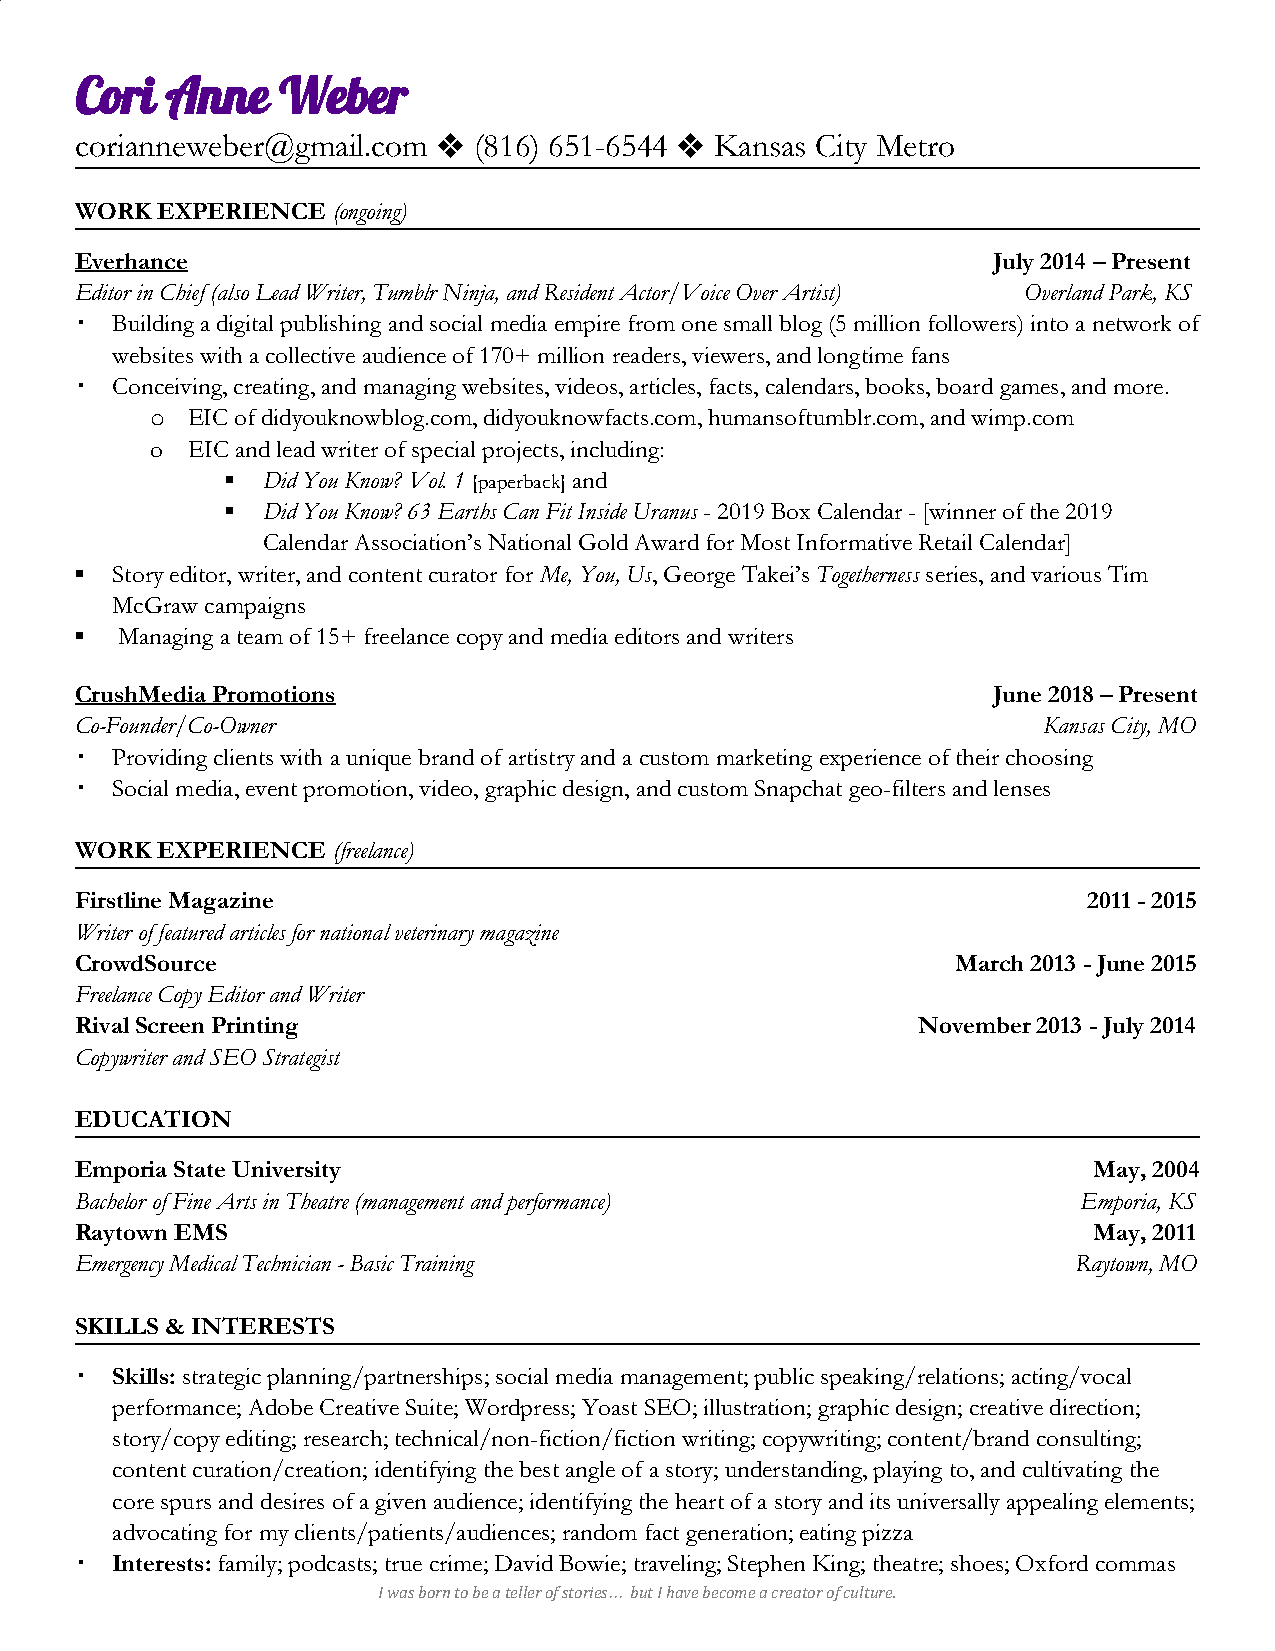
Cori  Anne   Weber
 corianneweber@gmail.com ❖ (816) 651-6544 ❖ Kansas City Metro
 ​ ​             ​ ​
 WORK EXPERIENCE  (ongoing)
 ​
 Everhance                                                    July 2014 – Present
 Editor in Chief (also Lead Writer, Tumblr Ninja, and Resident Actor/Voice Over Artist) Overland Park, KS
 ▪ Building a digital publishing and social media empire from one small blog (5 million followers) into a network of
 websites with a collective audience of 170+ million readers, viewers, and longtime fans
 ▪ Conceiving, creating, and managing websites, videos, articles, facts, calendars, books, board games, and more.
 o EIC of didyouknowblog.com, didyouknowfacts.com, humansoftumblr.com, and wimp.com
 o EIC and lead writer of special projects, including:
 ▪ Did You Know? Vol. 1 [paperback] and
 ​     ​
 ▪ Did You Know? 63 Earths Can Fit Inside Uranus - 2019 Box Calendar - [winner of the 2019
 ​
 Calendar Association’s National Gold Award for Most Informative Retail Calendar]
 ▪ Story editor, writer, and content curator for Me, You, Us, George Takei’s Togetherness series, and various Tim
 ​      ​          ​      ​
 McGraw campaigns
 ▪  Managing a team of 15+ freelance copy and media editors and writers
 CrushMedia Promotions                                        June 2018 – Present
 Co-Founder/Co-Owner                                             Kansas City, MO
 ▪ Providing clients with a unique brand of artistry and a custom marketing experience of their choosing
 ▪ Social media, event promotion, video, graphic design, and custom Snapchat geo-filters and lenses
 WORK EXPERIENCE  (freelance)
 ​
 Firstline Magazine                                                 2011 - 2015
 Writer of featured articles for national veterinary magazine
 CrowdSource                                               March 2013 - June 2015
 Freelance Copy Editor and Writer
 Rival Screen Printing                                   November 2013 - July 2014
 Copywriter and SEO Strategist
 EDUCATION
 Emporia State University                                           May, 2004
 Bachelor of Fine Arts in Theatre (management and performance)      Emporia, KS
 Raytown EMS                                                        May, 2011
 Emergency Medical Technician - Basic Training                     Raytown, MO
 SKILLS & INTERESTS
 ▪ Skills: strategic planning/partnerships; social media management; public speaking/relations; acting/vocal
 ​
 performance; Adobe Creative Suite; Wordpress; Yoast SEO; illustration; graphic design; creative direction;
 story/copy editing; research; technical/non-fiction/fiction writing; copywriting; content/brand consulting;
 content curation/creation; identifying the best angle of a story; understanding, playing to, and cultivating the
 core spurs and desires of a given audience; identifying the heart of a story and its universally appealing elements;
 advocating for my clients/patients/audiences; random fact generation; eating pizza
 ▪ Interests: family; podcasts; true crime; David Bowie; traveling; Stephen King; theatre; shoes; Oxford commas
 ​
 I was born to be a teller of stories but I have become a creator of culture.
 …